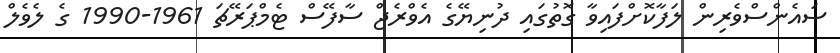
ސައެންސްވެރިން ލަފާކޮށްފައިވާ ގޮތުގައި ދުނިޔޭގެ އެވްރެޖް ސާފޭސް ޓެމްޕަރޭޗަ 1961-1990 ގެ ލެވެލް